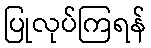
ပြုလုပ်ကြရန်